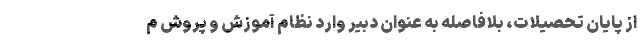
از پایان تحصیلات، بلافاصله به عنوان دبیر وارد نظام آموزش و پروش م